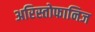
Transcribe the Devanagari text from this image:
अरिस्तोफानिज